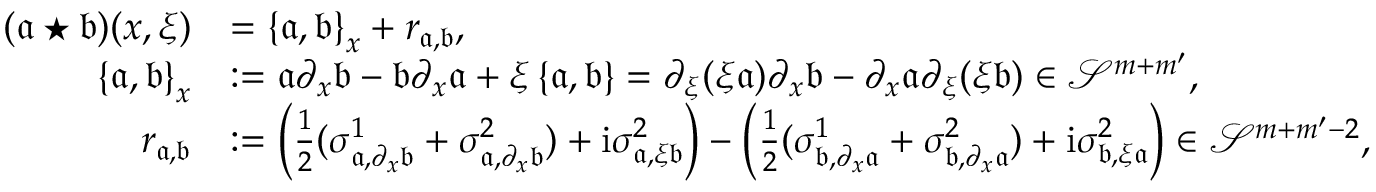
\begin{array} { r l } { ( \mathfrak { a } \star \mathfrak { b } ) ( x , \xi ) } & { = \left\{ \mathfrak { a } , \mathfrak { b } \right\} _ { x } + r _ { \mathfrak { a } , \mathfrak { b } } , } \\ { \left\{ \mathfrak { a } , \mathfrak { b } \right\} _ { x } } & { : = \mathfrak { a } \partial _ { x } \mathfrak { b } - \mathfrak { b } \partial _ { x } \mathfrak { a } + \xi \left\{ \mathfrak { a } , \mathfrak { b } \right\} = \partial _ { \xi } ( \xi \mathfrak { a } ) \partial _ { x } \mathfrak { b } - \partial _ { x } \mathfrak { a } \partial _ { \xi } ( \xi \mathfrak { b } ) \in \mathcal { S } ^ { m + m ^ { \prime } } , } \\ { r _ { \mathfrak { a } , \mathfrak { b } } } & { : = \left( \frac { 1 } { 2 } ( \sigma _ { \mathfrak { a } , \partial _ { x } \mathfrak { b } } ^ { 1 } + \sigma _ { \mathfrak { a } , \partial _ { x } \mathfrak { b } } ^ { 2 } ) + \mathrm { i } \sigma _ { \mathfrak { a } , \xi \mathfrak { b } } ^ { 2 } \right) - \left( \frac { 1 } { 2 } ( \sigma _ { \mathfrak { b } , \partial _ { x } \mathfrak { a } } ^ { 1 } + \sigma _ { \mathfrak { b } , \partial _ { x } \mathfrak { a } } ^ { 2 } ) + \mathrm { i } \sigma _ { \mathfrak { b } , \xi \mathfrak { a } } ^ { 2 } \right) \in \mathcal { S } ^ { m + m ^ { \prime } - 2 } , } \end{array}